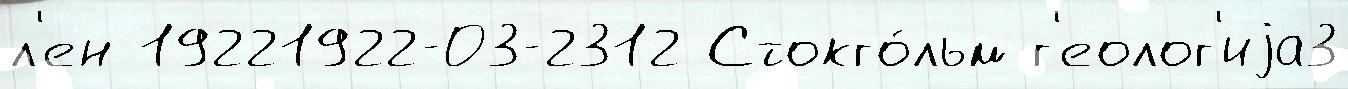
л'ен 19221922-03-2312 Стокго́льм г'еолог'иjа3